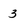
Character: 3